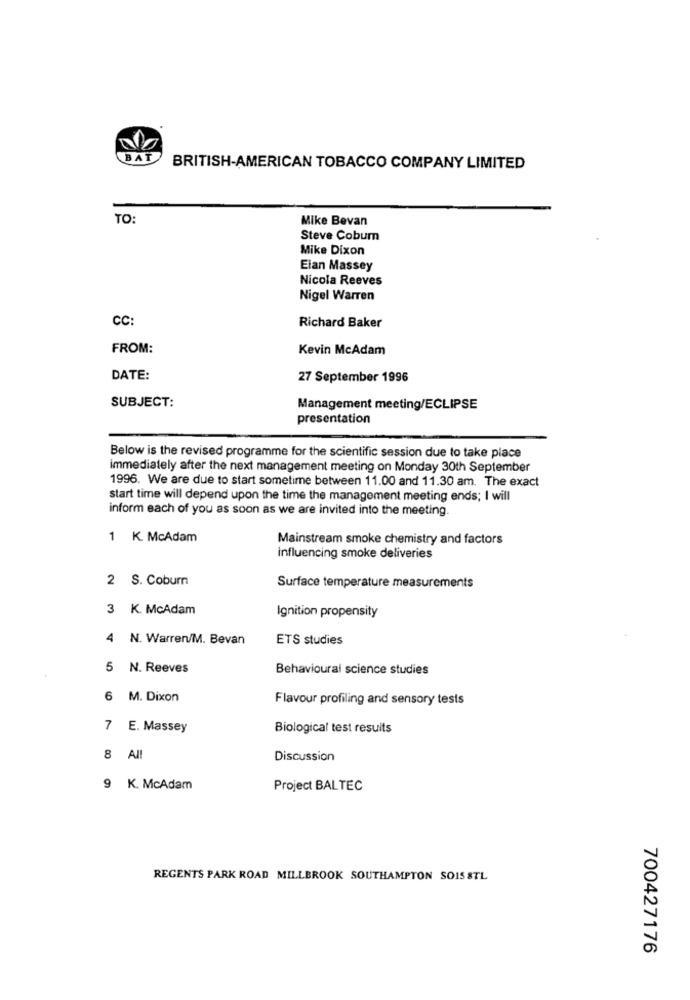
BAT
BRITISH-AMERICAN TOBACCO COMPANY LIMITED
TO:
Mike Bevan
Steve Cobum
Mike Dixon
Elan Massey
Nicola Reeves
Nigel Warren
CC:
Richard Baker
FROM:
Kevin McAdam
DATE:
27 September 1996
SUBJECT:
Management meeting/ECLIPSE
presentation
Below is the revised programme for the scientific session due to take place
Immediately after the next management meeting on Monday 30th September
1996. We are due to start sometime between 11.00 and 11.30 am. The exact
start time will depend upon the time the management meeting ends; I will
inform each of you as soon as we are invited into the meeting.
1 K McAdam
Mainstream smoke chemistry and factors
influencing smoke deliveries
2 S. Coburn
Surface temperature measurements
K. McAdam
Ignition propensity
4 N. Warren/M. Bevan
ETS studies
5 N. Reeves
Behavioural science studies
6 M. Dixon
Flavour profiling and sensory tests
7 E. Massey
Biological test results
8 Al!
Discussion
9 K. McAdam
Project BALTEC
REGENTS PARK ROAD MILLBROOK SOUTHAMPTON SOIS STL
700427176